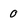
Character: 0